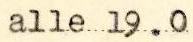
alle 19.0